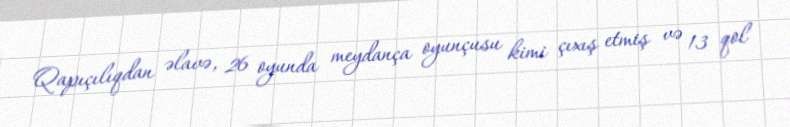
Qapıçılıqdan əlavə, 26 oyunda meydança oyunçusu kimi çıxış etmiş və 13 qol